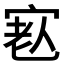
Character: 𡨳